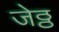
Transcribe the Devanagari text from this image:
जेठ्ठ